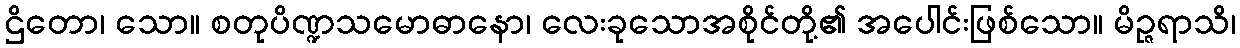
ဌိတော၊ သော။ စတုပိဏ္ဍသမောဓာနော၊ လေးခုသောအစိုင်တို့၏ အပေါင်းဖြစ်သော။ မိဉ္ဇရာသိ၊